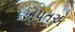
ખપતએ